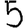
Digit: 5